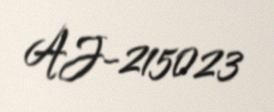
AJ-215023